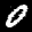
Label: 0